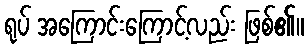
ရုပ် အကြောင်းကြောင့်လည်း ဖြစ်၏။